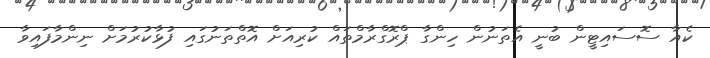
ކެއާ ސޮސައިޓީން ބުނީ އެތަނުން ހިންގާ ޕްރޮގްރާމްތައް ކުރިއަށް އޮތްތަނުގައި ފުޅާކުރުމަށް ނިންމާފައިވާ